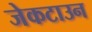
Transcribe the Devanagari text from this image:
जेकटाउन